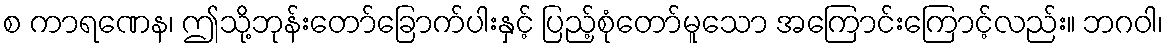
စ ကာရဏေန၊ ဤသို့ဘုန်းတော်ခြောက်ပါးနှင့် ပြည့်စုံတော်မူသော အကြောင်းကြောင့်လည်း။ ဘဂဝါ၊